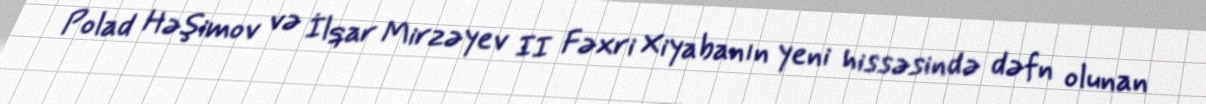
Polad Həşimov və İlqar Mirzəyev II Fəxri Xiyabanın yeni hissəsində dəfn olunan